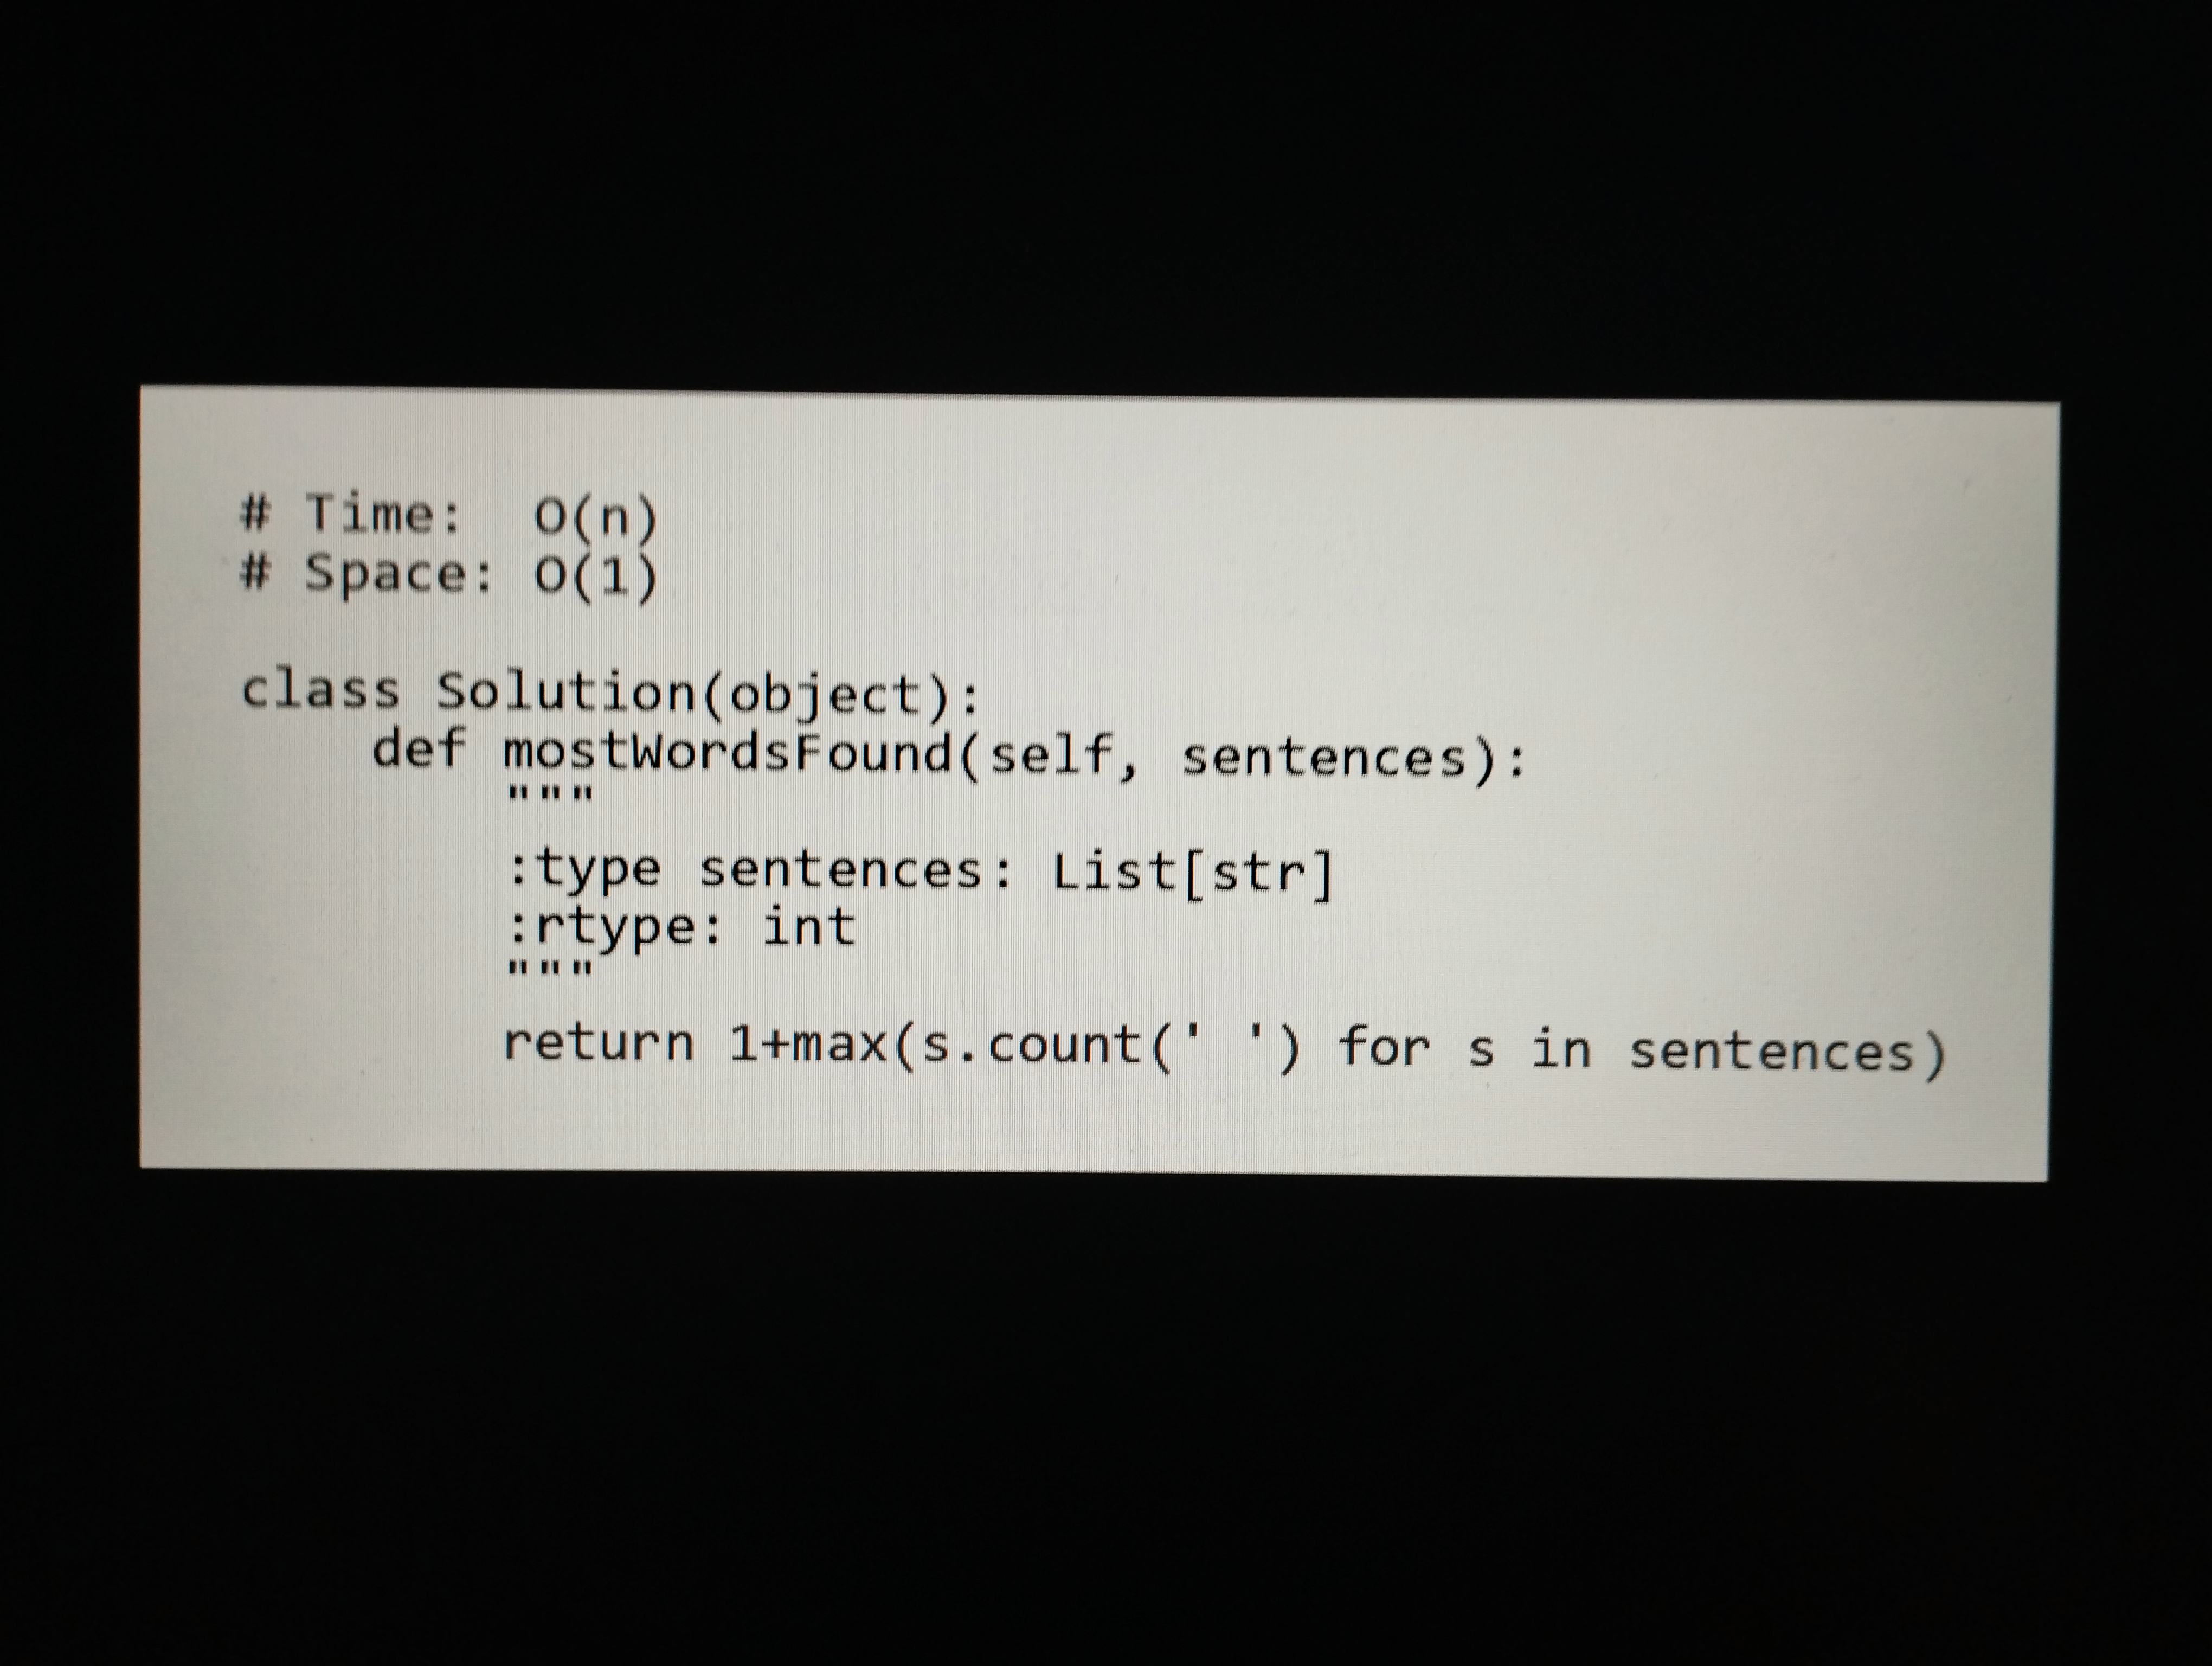
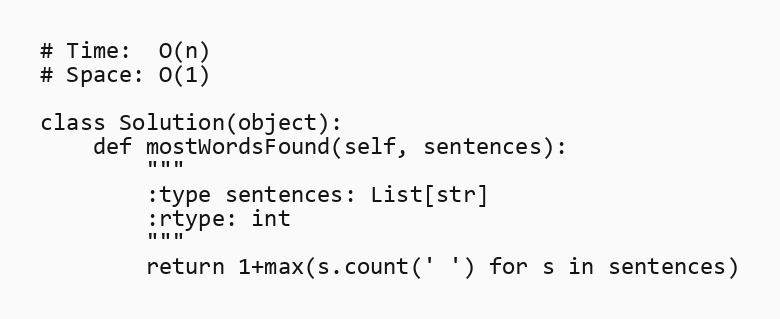
# Time:  O(n)
# Space: O(1)

class Solution(object):
    def mostWordsFound(self, sentences):
        """
        :type sentences: List[str]
        :rtype: int
        """
        return 1+max(s.count(' ') for s in sentences)